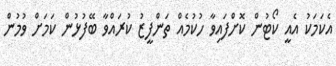
އެކަމަކު އެއީ ކޯޓުން ކޮށްފައިވާ ހުކުމެއް ތަންފީޒު ކުރައްވާ ބޭފުޅުން ކަމަށް ވުމުން